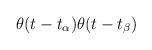
\begin{align*}\theta (t-t_\alpha)\theta (t-t_\beta)\end{align*}